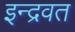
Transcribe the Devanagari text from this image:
इन्द्रवत